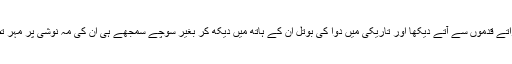
یوں ہم نے انہیں لڑکھڑاتے قدموں سے آتے دیکھا اور تاریکی میں دوا کی بوتل ان کے ہاتھ میں دیکھ کر بغیر سوچے سمجھے ہی ان کی مہ نوشی پر مہر تصدیق ہی ثبت کر ڈالی۔